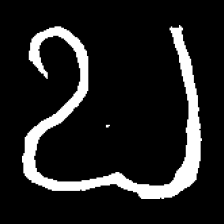
Pyu character \u2014 Myanmar letter: ဎ (romanized: ddha)